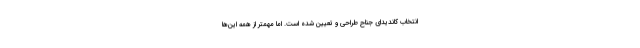
انتخاب كانديداي جناح طراحي و تعيين شده است. اما مهمتر از همه اين‌ها